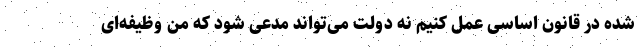
شده در قانون اساسی عمل کنیم نه دولت می‌تواند مدعی شود که من وظیفه‌ای